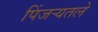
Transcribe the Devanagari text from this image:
पिंजर्‍यतले